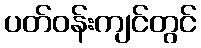
ပတ်ဝန်းကျင်တွင်